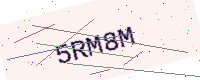
Text: 5RM8M